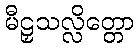
မီဠှသလ္လိတ္တော